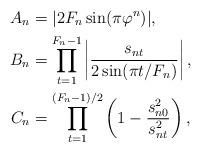
LaTeX: \begin{align*}A_n &=|2F_n\sin(\pi \varphi^n)| ,\\B_n &= \prod_{t=1}^{F_n-1}\left|\frac{s_{nt}}{2\sin(\pi t/F_n)}\right| ,\\C_n &= \prod_{t=1}^{(F_n-1)/2}\left(1-\frac{s_{n0}^2}{s_{nt}^2}\right) ,\end{align*}